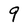
Character: 9